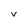
Character: v